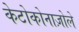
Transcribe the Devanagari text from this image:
केटोकोनाज़ोले